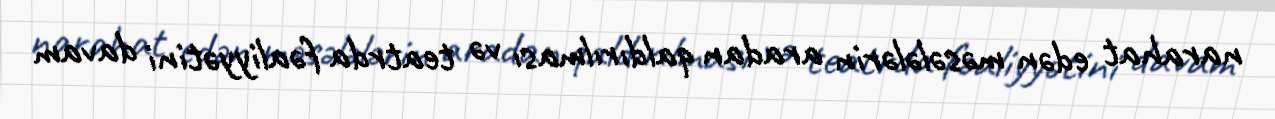
narahat edən məsələlərin aradan qaldırılması və teatrda fəaliyyətini davam